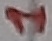
Text: 1